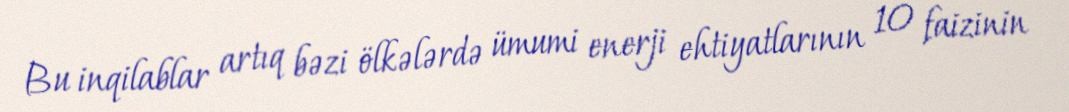
Bu inqilablar artıq bəzi ölkələrdə ümumi enerji ehtiyatlarının 10 faizinin